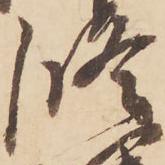
修